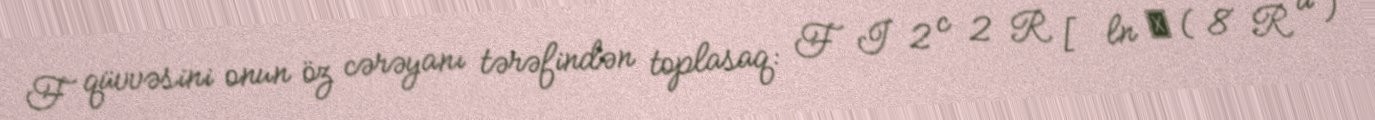
F qüvvəsini onun öz cərəyanı tərəfindən toplasaq: F I 2 c 2 R [ ln ⁡ ( 8 R a )